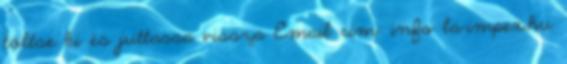
töltse ki és juttassa vissza Email cím: info la-impex.hu